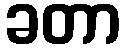
ခတာ